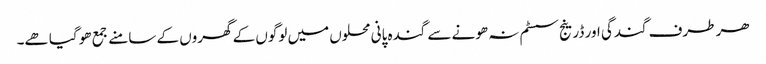
ھر طرف گندگی اور ڈرینج سسٹم نہ ھونے سے گندہ پانی محلوں میں لوگوں کے گھروں کے سامنے جمع ھو گیا ھے۔